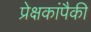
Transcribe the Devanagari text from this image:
प्रेक्षकांपैकी